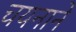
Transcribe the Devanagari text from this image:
चयनाने